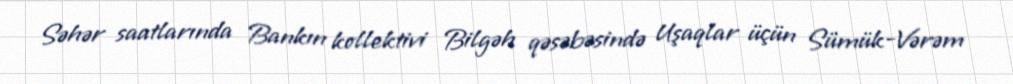
Səhər saatlarında Bankın kollektivi Bilgəh qəsəbəsində Uşaqlar üçün Sümük-Vərəm